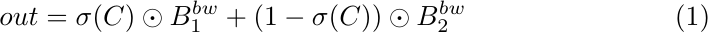
\begin{equation}
out = \sigma(C) \odot B^{bw}_{1} + (1 - \sigma(C)) \odot B^{bw}_{2}
\end{equation}